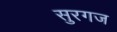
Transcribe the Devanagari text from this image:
सुरगज